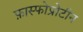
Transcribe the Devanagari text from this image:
फ़ास्फोप्रोटीन